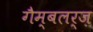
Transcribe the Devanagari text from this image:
गैम्बलर्ज़